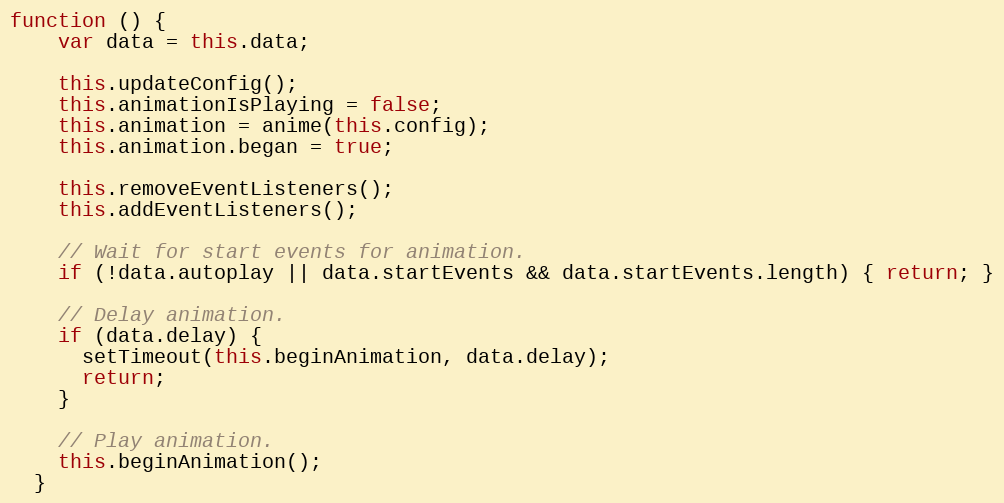
Language: JavaScript
function () {
    var data = this.data;

    this.updateConfig();
    this.animationIsPlaying = false;
    this.animation = anime(this.config);
    this.animation.began = true;

    this.removeEventListeners();
    this.addEventListeners();

    // Wait for start events for animation.
    if (!data.autoplay || data.startEvents && data.startEvents.length) { return; }

    // Delay animation.
    if (data.delay) {
      setTimeout(this.beginAnimation, data.delay);
      return;
    }

    // Play animation.
    this.beginAnimation();
  }